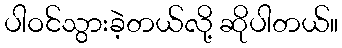
ပါဝင်သွားခဲ့တယ်လို့ ဆိုပါတယ်။